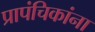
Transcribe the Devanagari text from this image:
प्रापंचिकांना